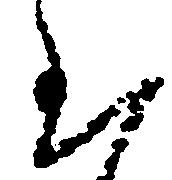
至